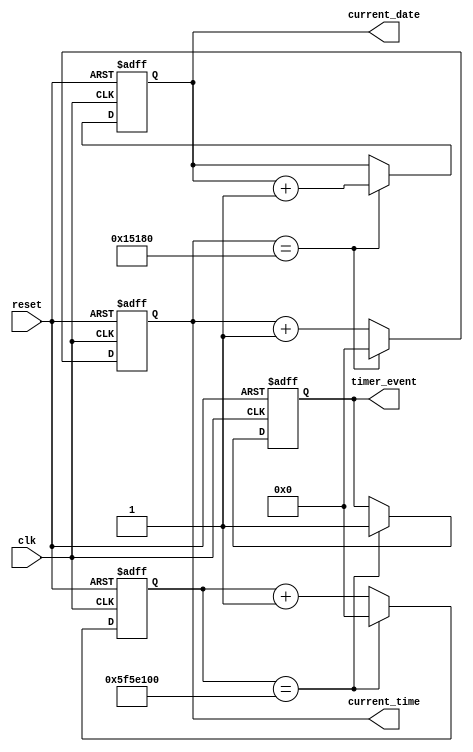
module rtc_timer (
    input wire clk, // System clock input
    input wire reset, // Reset signal input
    
    output reg [31:0] current_time, // Current time output
    output reg [31:0] current_date, // Current date output
    
    output reg timer_event // Timer event trigger output
);

reg [31:0] timer_count; // Timer count register

// Real-time clock module
always @(posedge clk or posedge reset) begin
    if (reset) begin
        current_time <= 32'd0; // Reset current time to 0
        current_date <= 32'd0; // Reset current date to 0
    end else begin
        // Increment current time every clock cycle
        current_time <= current_time + 1;
        
        // Update current date every 24 hours
        if (current_time == 86400) begin
            current_date <= current_date + 1;
            current_time <= 32'd0; // Reset current time
        end
    end
end

// Timer module with event trigger at specific interval (e.g. every second)
always @(posedge clk or posedge reset) begin
    if (reset) begin
        timer_count <= 32'd0; // Reset timer count to 0
        timer_event <= 1'b0; // Reset timer event trigger
    end else begin
        // Increment timer count every clock cycle
        timer_count <= timer_count + 1;
        
        // Trigger event every second
        if (timer_count == 100000000) begin
            timer_event <= 1'b1; // Set timer event trigger
            timer_count <= 32'd0; // Reset timer count
        end
    end
end

endmodule